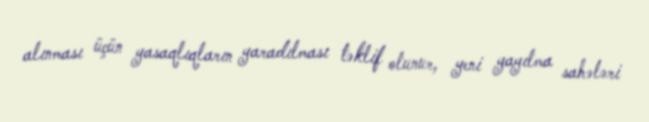
alınması üçün yasaqlıqların yaradılması təklif olunur, yeni yayılma sahələri